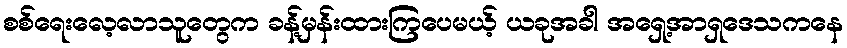
စစ်ရေးလေ့လာသူတွေက ခန့်မှန်းထားကြပေမယ့် ယခုအခါ အရှေ့အာရှဒေသကနေ